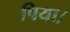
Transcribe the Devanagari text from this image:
पिया।